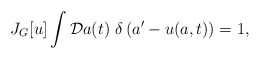
\begin{align*}J_G[u]\int{\cal D}a(t)~\delta\left(a'-u(a,t)\right) = 1,\end{align*}